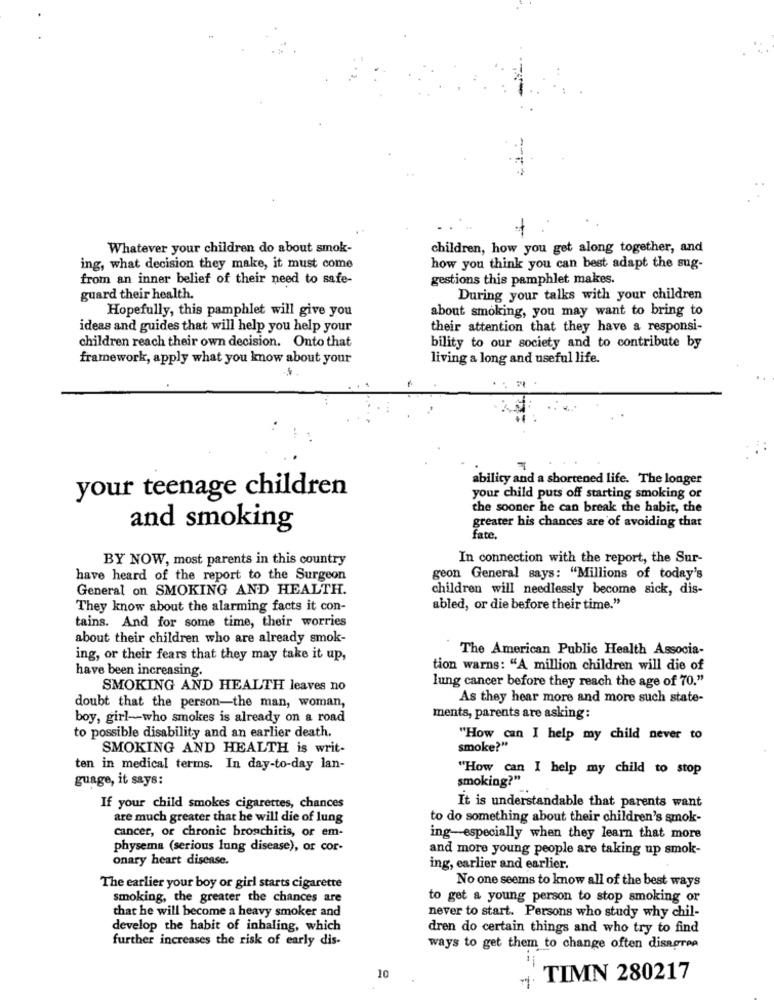
Whatever your children do about smok-
children, how you get along together, and
ing, what decision they make, it must come
how you think you can best adapt the sug-
from an inner belief of their need to safe-
gestions this pamphlet makes.
guard their health.
During your talks with your children
Hopefully, this pamphlet will give you
about smoking, you may want to bring to
ideas and guides that will help you help your
their attention that they have a responsi-
children reach their own decision. Onto that
bility to our society and to contribute by
framework, apply what you know about your
living a long and useful life.
ability and a shortened life. The longer
your teenage children
your child puts off starting smoking of
the sooner he can break the habit, the
and smoking
greater his chances are of avoiding that
fate.
BY NOW, most parents in this country
In connection with the report, the Sur-
have heard of the report to the Surgeon
geon General says: "Millions of today's
General on SMOKING AND HEALTH.
children will needlessly become sick, dis-
They know about the alarming facts it con-
abled, or die before their time."
tains. And for some time, their worries
about their children who are already smok-
The American Public Health Associa-
ing, or their fears that they may take it up,
have been increasing.
tion warns: "A million children will die of
lung cancer before they reach the age of 70."
SMOKING AND HEALTH leaves no
As they hear more and more such state-
doubt that the person-the man, woman,
boy, girl-who smokes is already on a road
ments, parents are asking :
to possible disability and an earlier death.
"How can I help my child never to
SMOKING AND HEALTH is writ-
smoke?"
ten in medical terms. In day-to-day lan-
"How can I help my child to stop
guage, it says:
smoking?"
If your child smokes cigarettes, chances
It is understandable that parents want
are much greater that he will die of lung
to do something about their children's smok-
cancer, or chronic bronchitis, or em-
ing-especially when they learn that more
physema (serious lung disease), or cor-
and more young people are taking up smok-
onary heart disease.
ing, earlier and earlier.
No one seems to know all of the best ways
The earlier your boy or girl starts cigarette
smoking, the greater the chances are
to get a young person to stop smoking or
that he will become a heavy smoker and
never to start. Persons who study why chil-
develop the habit of inhaling, which
dren do certain things and who try to find
further increases the risk of early dis-
ways to get them to change often disagree
10
- TIMN 280217